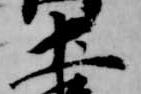
土